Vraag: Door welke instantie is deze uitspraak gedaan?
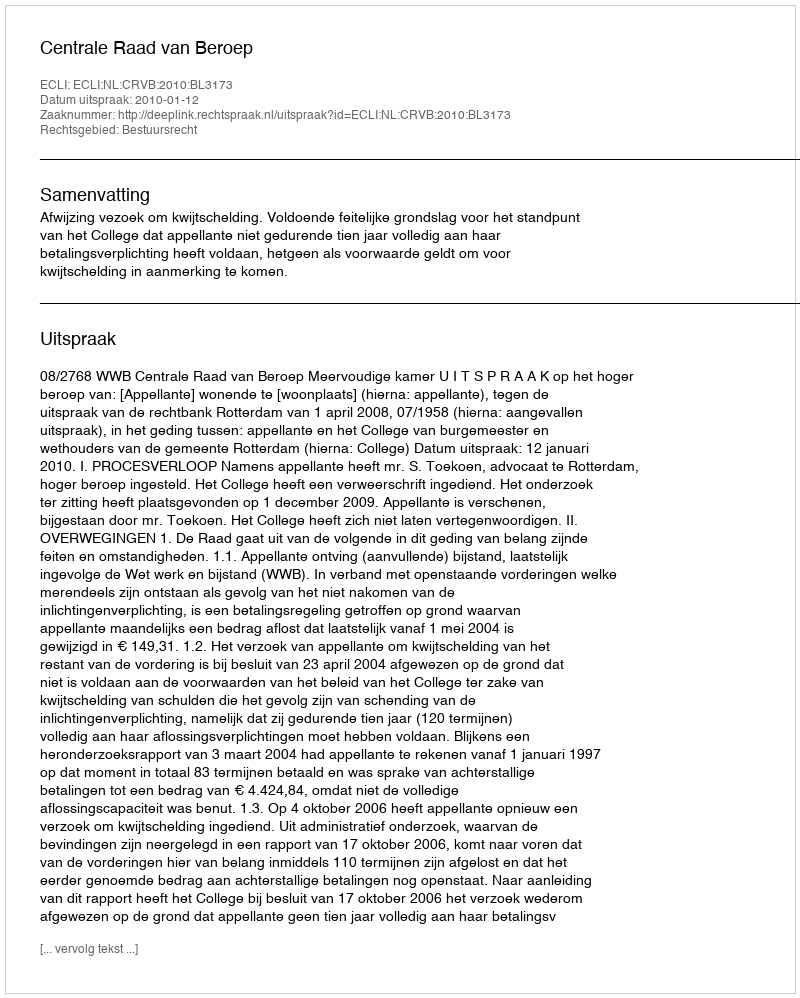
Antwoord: Centrale Raad van Beroep